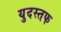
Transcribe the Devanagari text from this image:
युदस्तफ